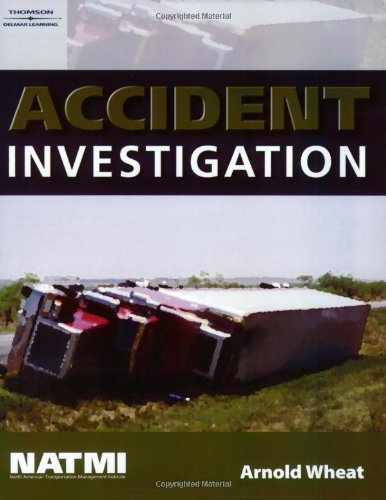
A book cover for Accident Investigation Training Manual; Arnold Wheat; Test Preparation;